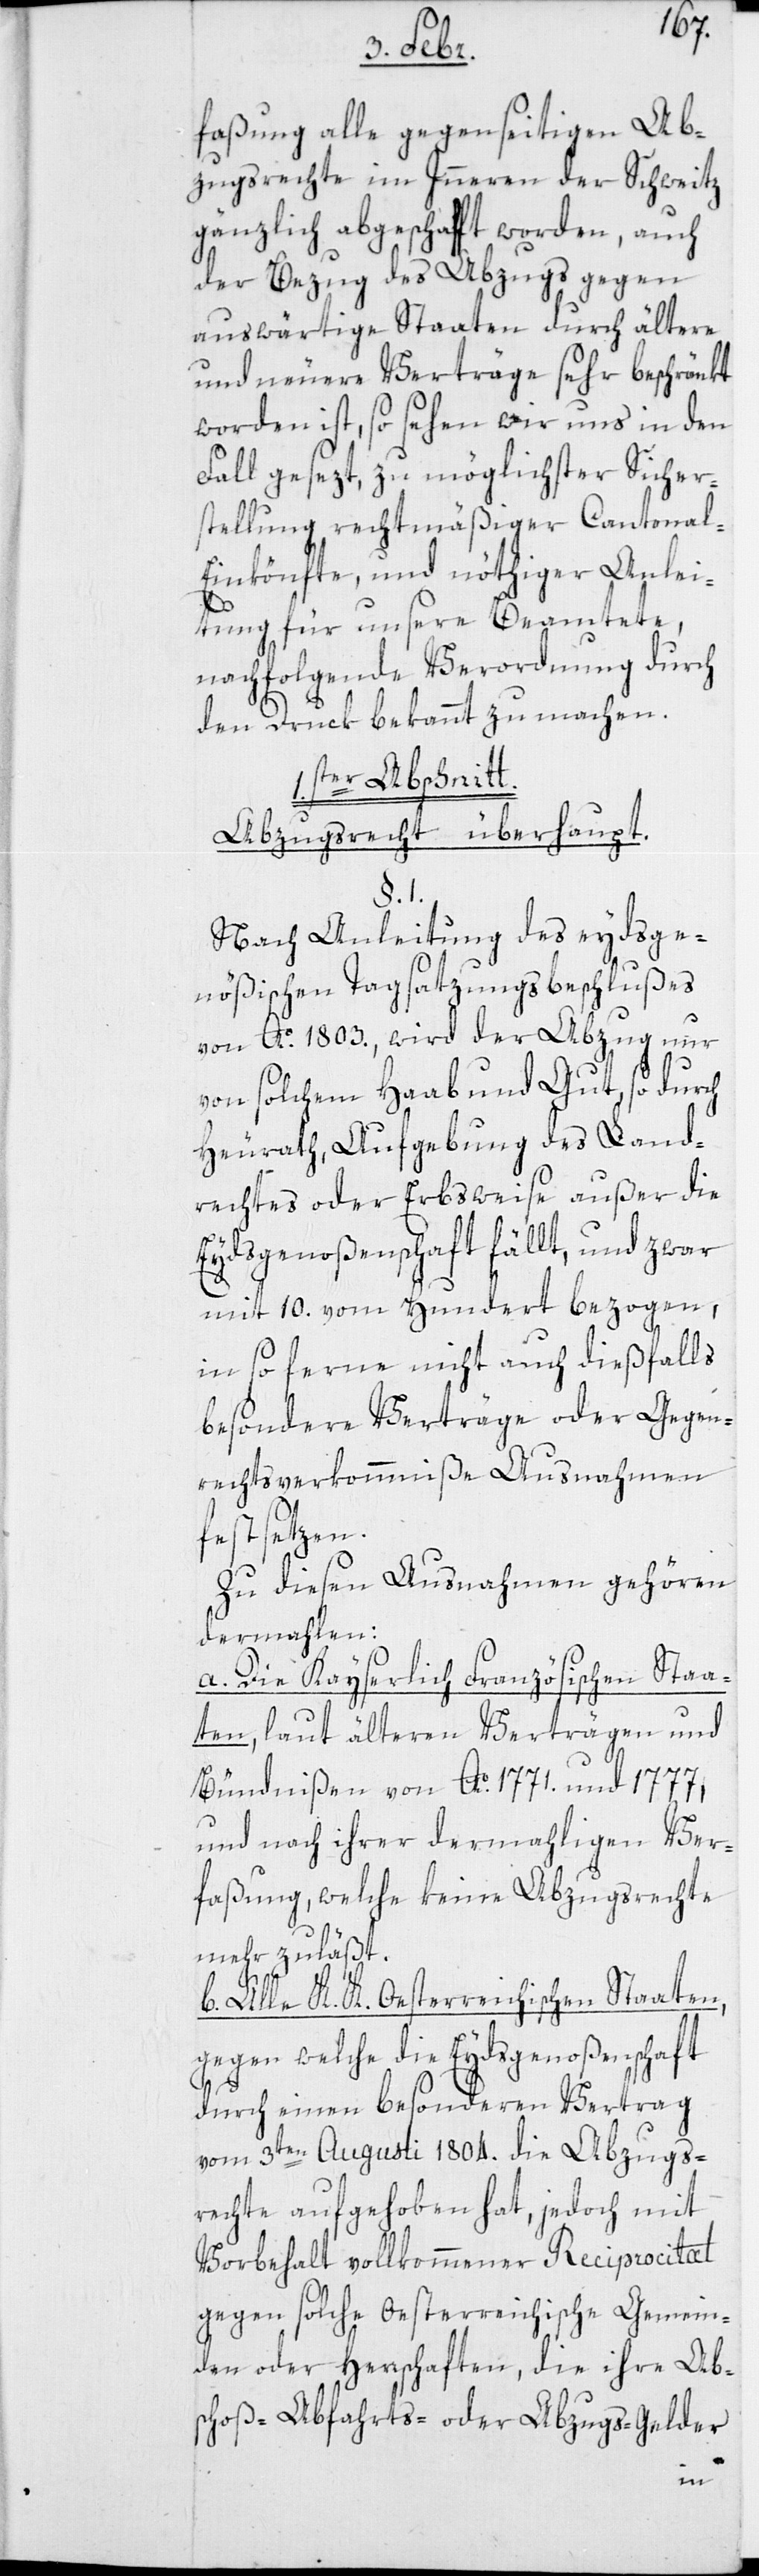
faßung alle gegenseitigen Ab¬
zugsrechte im Innern der Schweitz
gänzlich abgeschafft worden, auch
der Bezug des Abzugs gegen
auswärtige Staaten durch ältere
und neuere Verträge sehr beschränkt
worden ist, so sehen wir uns in den
Fall gesezt, zu möglichster Sicher¬
stellung rechtmäßiger Cantonal-E¬
inkönfte und nöthiger Anlei¬
tung für unsere Beamtete,
nachfolgende Verordnung durch
den Druk bekannt zu machen.
1ster Abschnitt.
Abzugsrecht überhaupt.
§. 1.
Nach Anleitung des eydsge¬
nößischen Tagsatzungsbeschlußes
von Ao. 1803, wird der Abzug nur
von solchem Haab und Gut, so durch
Heurath, Aufgebung des Land¬
rechtes oder Erbsweise außer die
Eydsgenoßenschaft fällt, und zwar
mit 10. vom Hundert bezogen,
in so ferne nicht auch diesfalls
besondere Verträge oder Gegen¬
rechtsverkommniße Ausnahmen
festsetzen.
Zu diesen Ausnahmen gehören
dermahlen:
a. Die kaiserlich-französischen Staa¬
ten, laut älteren Verträgen und
Bündnißen von Aa. 1771. und 1777,
und nach ihrer dermaligen Ver¬
faßung, welche keine Abzugsrechte
mehr zuläßt.
b. Alle k.k. Oesterreichischen Staaten,
gegen welche die Eydsgenoßenschaft
durch einen besonderen Vertrag
vom 3ten Augusti 1804. die Abzugs¬
rechte aufgehoben hat, jedoch mit
Vorbehalt vollkommener Reciprocität
gegen solche Oesterreichische Gemein¬
den oder Herrschaften, die ihre Abs¬
choß-, Abfahrts- oder Abzugs-Gelder